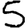
Digit: 5